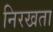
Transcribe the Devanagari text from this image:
निरखता